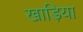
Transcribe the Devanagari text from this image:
खाड़िया